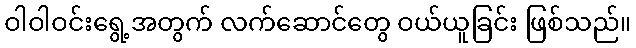
ဝါဝါဝင်းရွေ့အတွက် လက်ဆောင်တွေ ဝယ်ယူခြင်း ဖြစ်သည်။